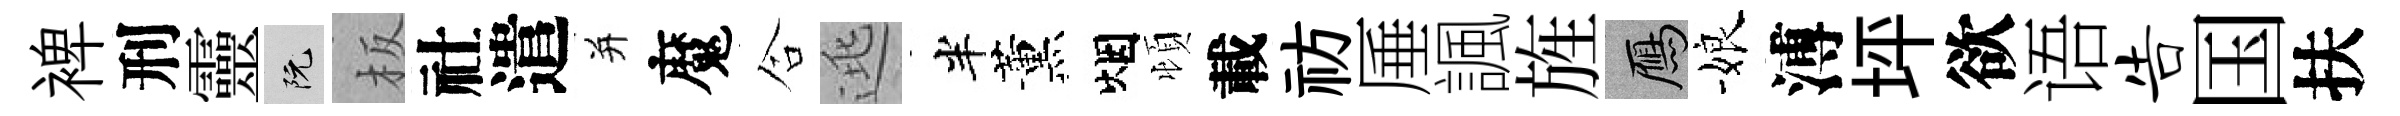
裨刑靈阮板社遣并魔合逃半薰烟頓載祊厜諷旌鴈娘溥坪欲语告国扶